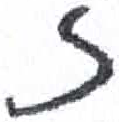
אות: ז